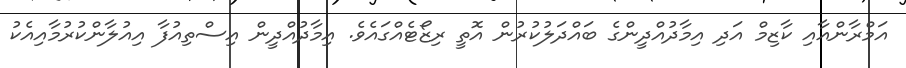
އަމްރާންއާއި ކާޒިމް އަދި އިމާދުއްދީންގެ ބައްދަލުކުރުން އޮތީ ރިޒޯޓެއްގައެވެ. އިމާދުއްދީން އިސްތިއުފާ އިއުލާންކުރުމާއިއެކު